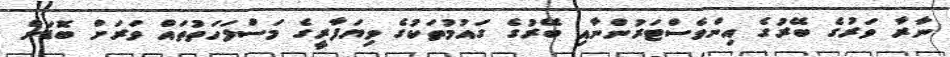
ނާރާ ވަރުގެ ބޭރުގެ އިންވެސްޓަރުންނާއި ބޭރުގެ ގައުމުތަކުގެ ވިޔަފާރީގެ މަސްލަހަތުތައް ވަރަށް ބޮޑަށް